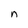
Character: n